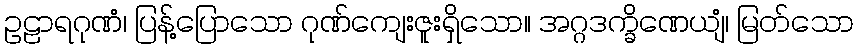
ဥဠာရဂုဏံ၊ ပြန့်ပြောသော ဂုဏ်ကျေးဇူးရှိသော။ အဂ္ဂဒက္ခိဏေယျံ၊ မြတ်သော